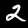
Digit: 2